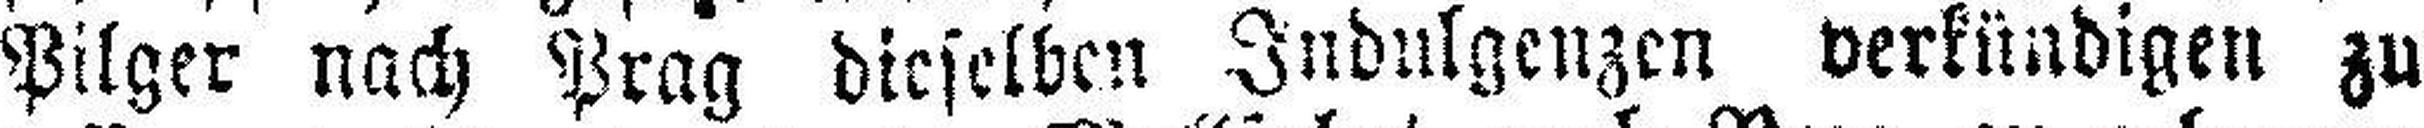
Pilger nach Prag dieselben Indulgenzen verkündigen zu